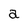
Character: a